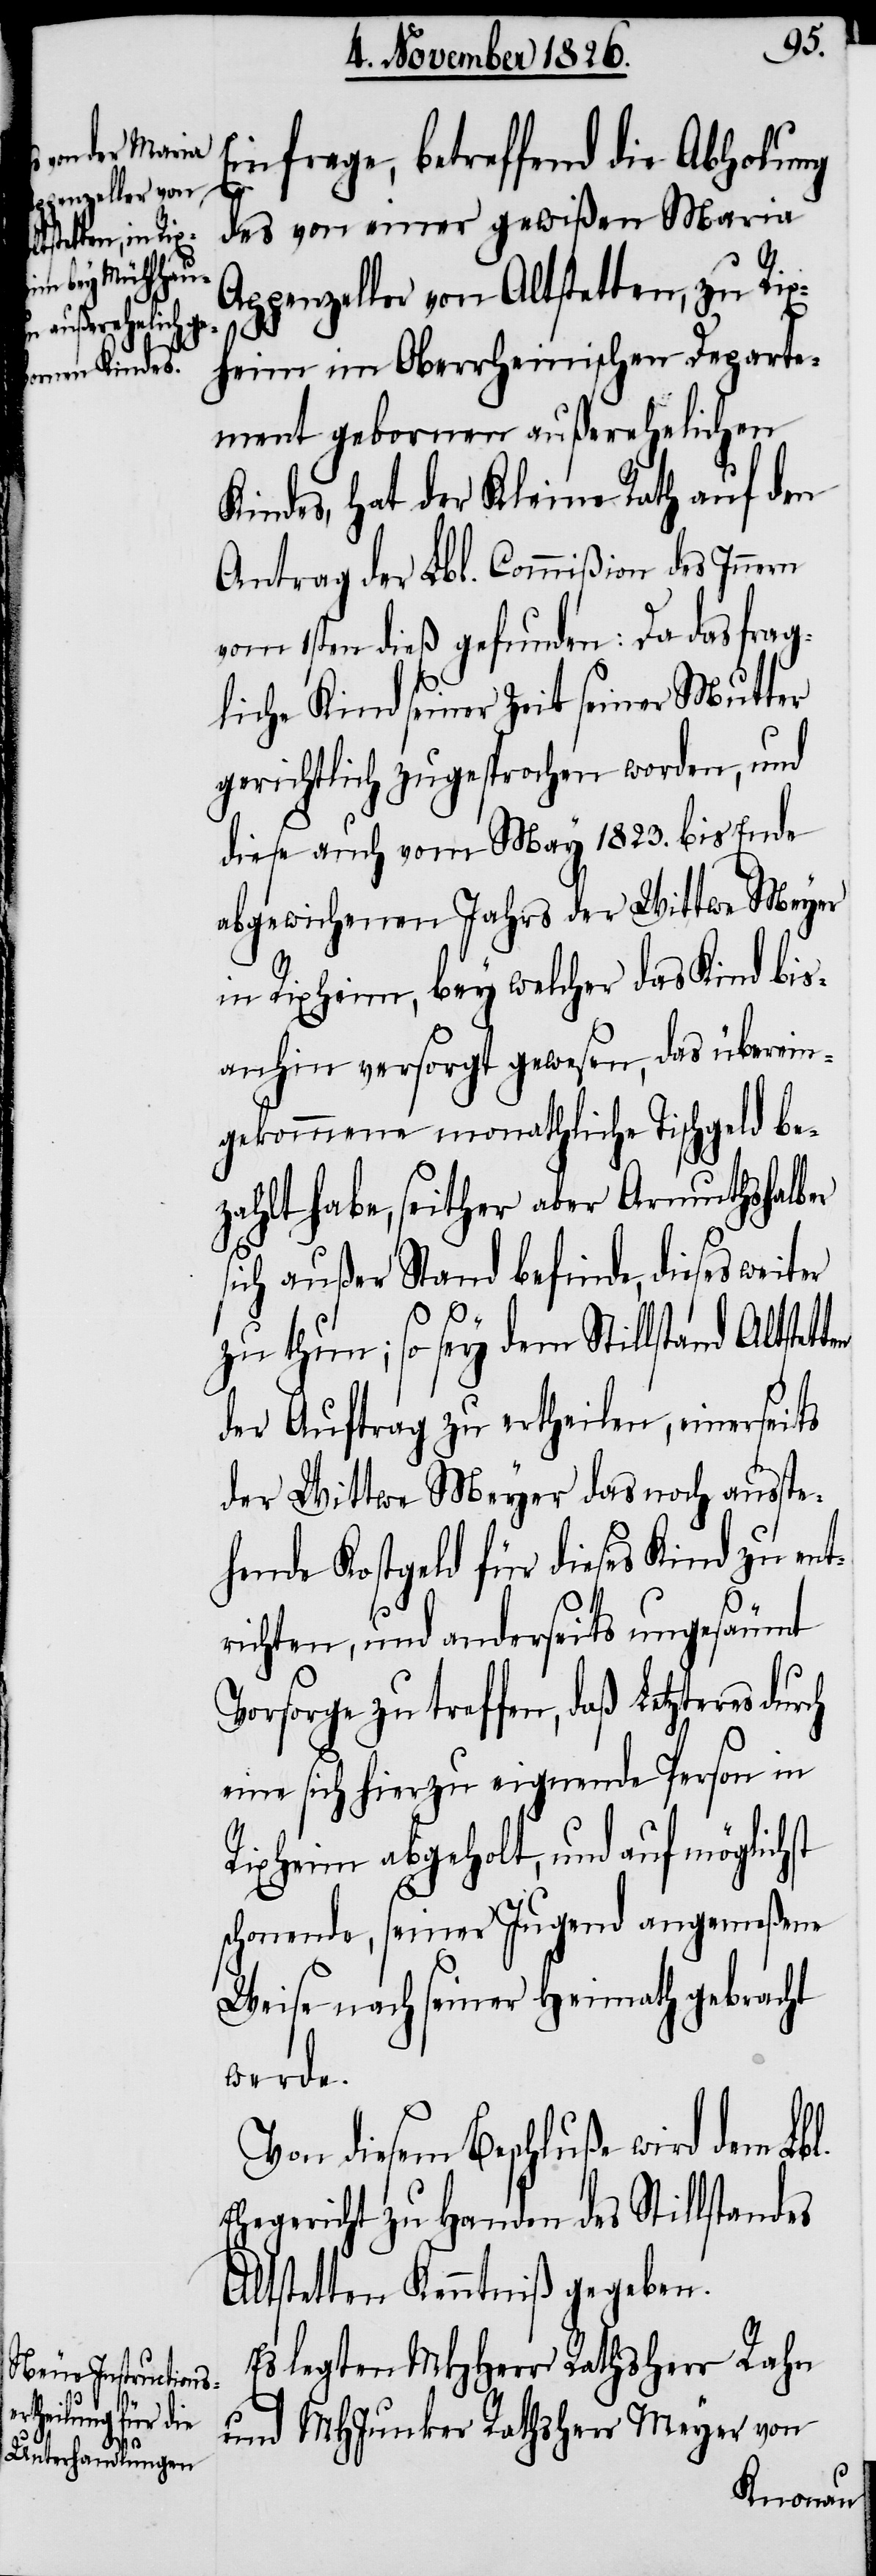
st

Einfrage, betreffend die Abholung
des von einer gewißen Maria
Appenzeller von Altstetten, zu Rix¬
heim im Oberrheinischen Departe¬
ment gebornen außerehelichen
Kindes, hat der Kleine Rath auf den
Antrag der Lbl. Commißion des Innern
vom 1sten dieß gefunden: Da das frag¬
liche Kind seiner Zeit seiner Mutter
gerichtlich zugesprochen worden, und
diese auch vom May 1823. bis Ende
abgewichenen Jahrs der Wittwe Meyer
in Rixheim, bey welcher das Kind bis¬
anhin versorgt gewesen, das überein¬
gekommene monathliche Tischgeld be¬
zahlt habe, seither aber Armutshalber
sich außer Stand befinde, dieses weiter
zu thun; so sey dem Stillstand Altstet¬
der Auftrag zu ertheilen, einerseits
der Wittwe Meyer das noch ausste¬
hende Kostgeld für dieses Kind zu ent¬
richten, und anderseits ungesäumt
Vorsorge zu treffen, daß Letzteres dur¬
eine sich hierzu eignende Person in
Rixheim abgeholt, und auf möglich¬
schonende, seiner Jugend angemeßene
Weise nach seiner Heimath gebracht
werde.
Von diesem Beschluße wird dem Lbl.
Ehegericht zu Handen des Stillstandes
Altstetten Kenntniß gegeben.
Es legten MHHerr Rathsherr Rahn
und MHJunker Rathsherr Meyer von